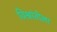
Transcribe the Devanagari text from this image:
विश्रांतीला